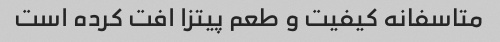
متاسفانه کیفیت و طعم پیتزا افت کرده است